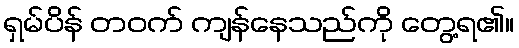
ရှမ်ပိန် တဝက် ကျန်နေသည်ကို တွေ့ရ၏။